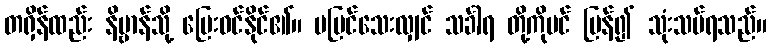
တရှိန်ထည်း နိဗ္ဗာန်သို့ ပြေးဝင်နိုင်၏။ မမြင်သေးလျှင် သင်္ခါရ တို့ကိုပင် ပြန်၍ သုံးသပ်ရသည်။